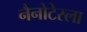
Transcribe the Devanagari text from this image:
नैनोटेस्ला